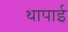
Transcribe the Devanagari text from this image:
थापाई